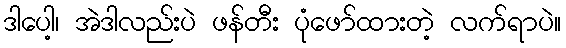
ဒါပေါ့၊ အဲဒါလည်းပဲ ဖန်တီး ပုံဖော်ထားတဲ့ လက်ရာပဲ။